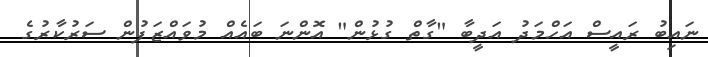
ނައިބު ރައީސް އަހްމަދު އަދީބާ "ގާތް ގުޅުން" އޮންނަ ބައެއް މުވައްޒަފުން ސަރުކާރުގެ